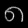
Digit: ၈